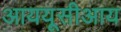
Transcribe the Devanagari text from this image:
आययूसीआय